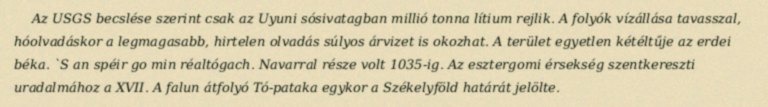
Az USGS becslése szerint csak az Uyuni sósivatagban millió tonna lítium rejlik. A folyók vízállása tavasszal, hóolvadáskor a legmagasabb, hirtelen olvadás súlyos árvizet is okozhat. A terület egyetlen kétéltűje az erdei béka. `S an spéir go min réaltógach. Navarral része volt 1035-ig. Az esztergomi érsekség szentkereszti uradalmához a XVII. A falun átfolyó Tó-pataka egykor a Székelyföld határát jelölte.